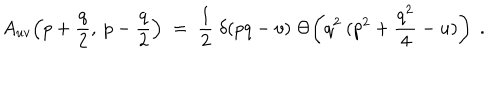
LaTeX: A _ { u v } \! \left( p + \frac { q } { 2 } , \: p - \frac { q } { 2 } \right) \; = \; \frac { 1 } { 2 } \; \delta ( p q - v ) \; \Theta \! \left( q ^ { 2 } \: ( p ^ { 2 } + \frac { q ^ { 2 } } { 4 } - u ) \right) \; .